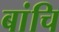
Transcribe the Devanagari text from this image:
बांचि